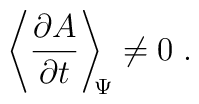
\left\langle\frac{\partial A}{ \partial t}\right\rangle_{\scriptstyle \!  \! \Psi}\neq 0\;  .